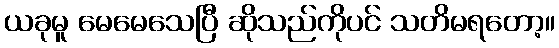
ယခုမူ မေမေသေပြီ ဆိုသည်ကိုပင် သတိမရတော့။